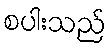
စပါးသည်